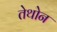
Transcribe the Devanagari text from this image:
तेथोन